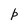
Character: p